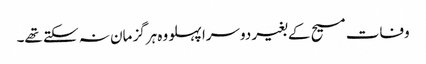
وفات مسیح کے بغیر دوسرا پہلو وہ ہرگز مان نہ سکتے تھے۔